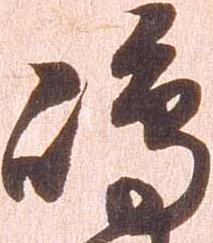
嶋